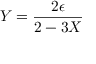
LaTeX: Y = { \frac { 2 \epsilon } { 2 - 3 X } }